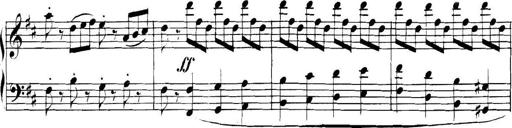
Title: Collected Piano Sonatas
Composer: Muzio Clementi